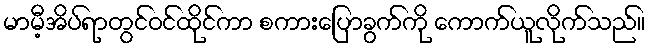
မာမီ့အိပ်ရာတွင်ဝင်ထိုင်ကာ စကားပြောခွက်ကို ကောက်ယူလိုက်သည်။